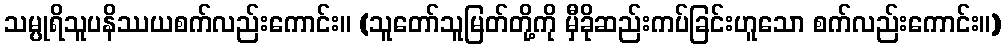
သမ္ပုရိသူပနိဿယစက်လည်းကောင်း။ (သူတော်သူမြတ်တို့ကို မှီခိုဆည်းကပ်ခြင်းဟူသော စက်လည်းကောင်း။)